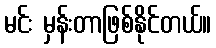
မင်း မှန်းတာဖြစ်နိုင်တယ်။